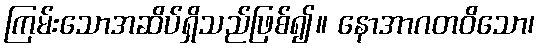
ကြမ်းသောအဆိပ်ရှိသည်ဖြစ်၍။ နောအာဂတဝိသော၊